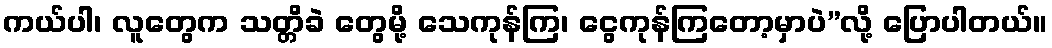
ကယ်ပါ၊ လူတွေက သတ္တိခဲ တွေမို့ သေကုန်ကြ၊ ငွေကုန်ကြတော့မှာပဲ”လို့ ပြောပါတယ်။